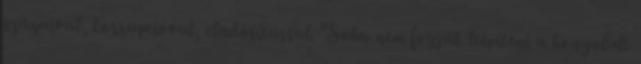
százaival, korrupcióval, eladósítással. "Soha nem fogják leépíteni a bonyolult